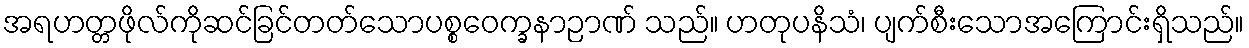
အရဟတ္တဖိုလ်ကိုဆင်ခြင်တတ်သောပစ္စဝေက္ခနာဉာဏ် သည်။ ဟတုပနိသံ၊ ပျက်စီးသောအကြောင်းရှိသည်။